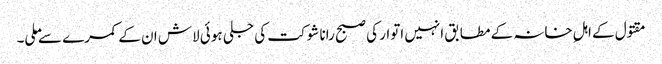
مقتول کے اہلِ خانہ کے مطابق انہیں اتوار کی صبح رانا شوکت کی جلی ہوئی لاش ان کے کمرے سے ملی۔